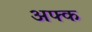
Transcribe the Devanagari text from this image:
अफ्क